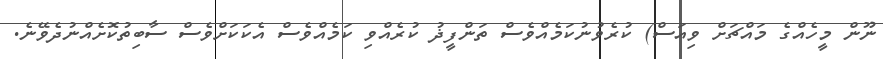
ނޫން މީހެއްގެ މައްޗަށް ވިއަސް) ކުރެވުނުކަމެއްވެސް ތަންފީޛު ކުރެއްވި ކަމެއްވެސް އެކަކަށްވެސް ސާބިތުކޮށެއްނުދެވޭނެ.